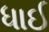
ધાઈ